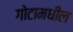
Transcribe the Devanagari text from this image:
गोटामधील